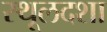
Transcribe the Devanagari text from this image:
स्थूलदशा